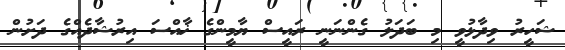
ޝަހީރު ވިދާޅުވީ މި ބަދަލު ގެންނަނީ ރައީސް ޔާމީންގެ ޚާއްސަ އިރުޝާދެއްގެ ދަށުން